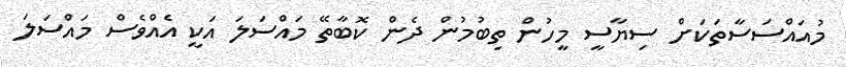
މުއައްސަސާތަކަށް ސިޔާސީ މީހުން ތިބުމުން ދެން ކޮބާތޭ މައްސަލަ އަކީ އެއްވެސް މައްސަލަ